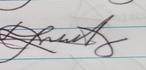
Signature authenticity: genuine